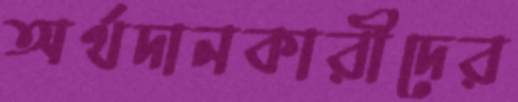
অর্থদানকারীদের